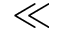
\ll